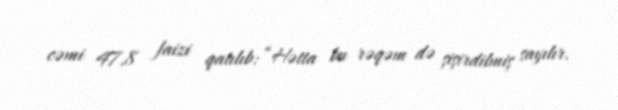
cəmi 47,8 faizi qatılıb: “Hətta bu rəqəm də şişirdilmiş sayılır.